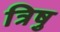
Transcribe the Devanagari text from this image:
त्रिषु